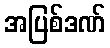
အပြစ်ဒဏ်